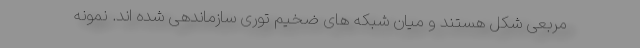
مربعی شکل هستند و میان شبکه های ضخیم توری سازماندهی شده اند. نمونه